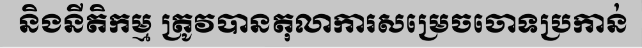
និងនីតិកម្ម ត្រូវបានតុលាការសម្រេចចោទប្រកាន់